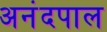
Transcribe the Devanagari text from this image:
अनंदपाल